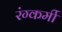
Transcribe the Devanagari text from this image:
रंग्कर्मी